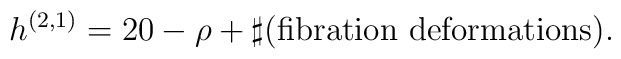
h^{(2,1)}=20-\rho+\sharp({\rm fibration}~{\rm deformations}).